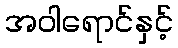
အဝါရောင်နှင့်